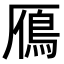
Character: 鴈